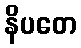
နိပတေ